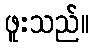
ဖူးသည်။